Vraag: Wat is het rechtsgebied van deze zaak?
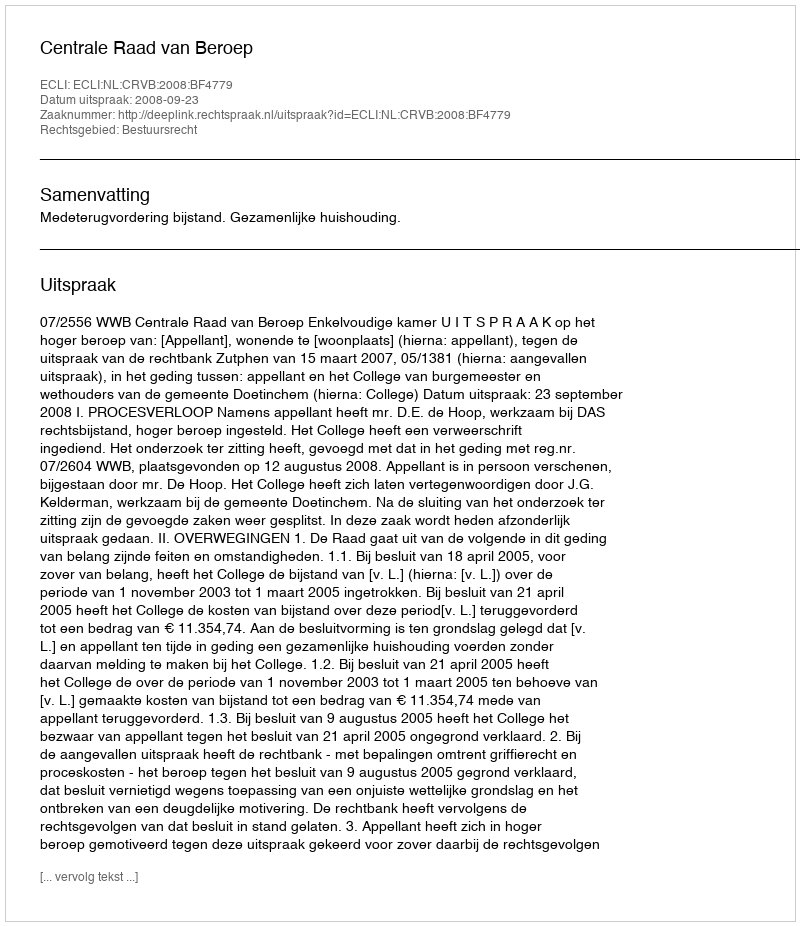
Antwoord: Bestuursrecht